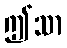
ဤသာ